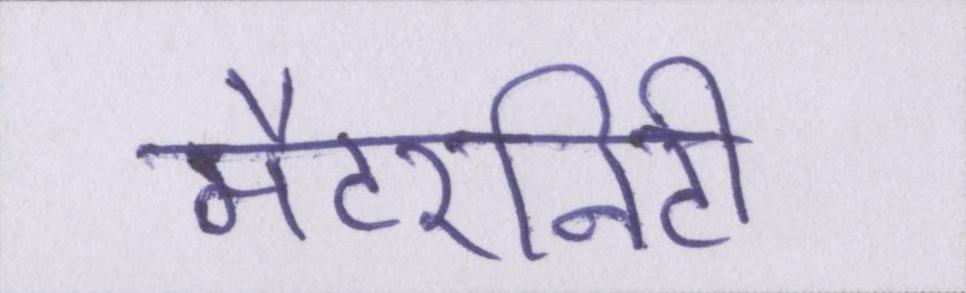
मैटरनिटी